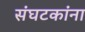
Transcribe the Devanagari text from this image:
संघटकांना